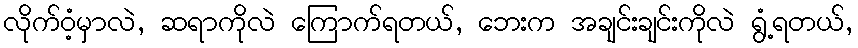
လိုက်ဝံ့မှာလဲ, ဆရာကိုလဲ ကြောက်ရတယ်, ဘေးက အချင်းချင်းကိုလဲ ရွံ့ရတယ်,